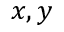
x , y